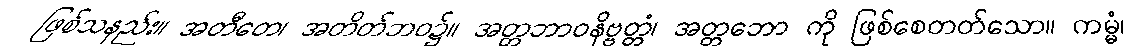
ဖြစ်သနည်း။ အတီတေ၊ အတိတ်ဘဝ၌။ အတ္တဘာဝနိဗ္ဗတ္တံ၊ အတ္တဘော ကို ဖြစ်စေတတ်သော။ ကမ္မံ၊